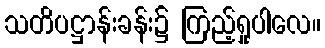
သတိပဋ္ဌာန်းခန်း၌ ကြည့်ရှုပါလေ။